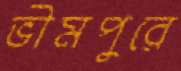
ভীমপুরে